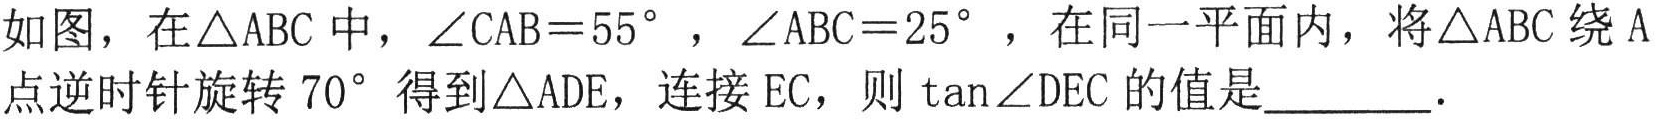
如图，在\(\triangle ABC\)中，\(\angle CAB = 55^{\circ}\)，\(\angle ABC = 25^{\circ}\)，在同一平面内，将\(\triangle ABC\)绕\(A\)点逆时针旋转\(70^{\circ}\)得到\(\triangle ADE\)，连接\(EC\)，则\(\tan\angle DEC\)的值是________．